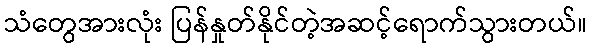
သံတွေအားလုံး ပြန်နှုတ်နိုင်တဲ့အဆင့်ရောက်သွားတယ်။